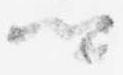
卿